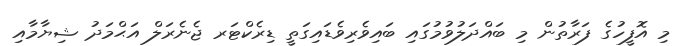
މި އޮފީހުގެ ފަރާތުން މި ބައްދަލުވުމުގައި ބައިވެރިވެޑައިގަތީ ޑިރެކްޓަރ ޖެނެރަލް އަޙްމަދު ޝިޔާމާއި